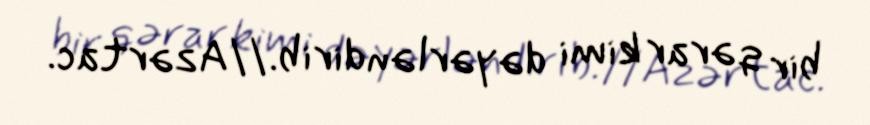
bir qərar kimi dəyərləndirib.//Azərtac.